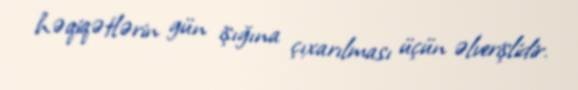
həqiqətlərin gün işığına çıxarılması üçün əlverişlidir.